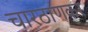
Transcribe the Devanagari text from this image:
चारठाणकर